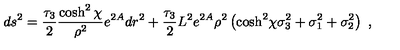
d s ^ { 2 } = { \frac { \tau _ { 3 } } { 2 } } { \frac { \cosh ^ { 2 } \chi } { \rho ^ { 2 } } } e ^ { 2 A } d r ^ { 2 } + { \frac { \tau _ { 3 } } { 2 } } { L ^ { 2 } } { e ^ { 2 A } } \rho ^ { 2 } \left( { \cosh ^ { 2 } \! \chi } \sigma _ { 3 } ^ { 2 } + \sigma _ { 1 } ^ { 2 } + \sigma _ { 2 } ^ { 2 } \right) \ ,